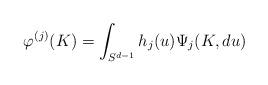
LaTeX: \begin{align*}\varphi^{(j)}(K) = \int_{S^{d-1}}h_j(u) \Psi_j(K,du)\end{align*}